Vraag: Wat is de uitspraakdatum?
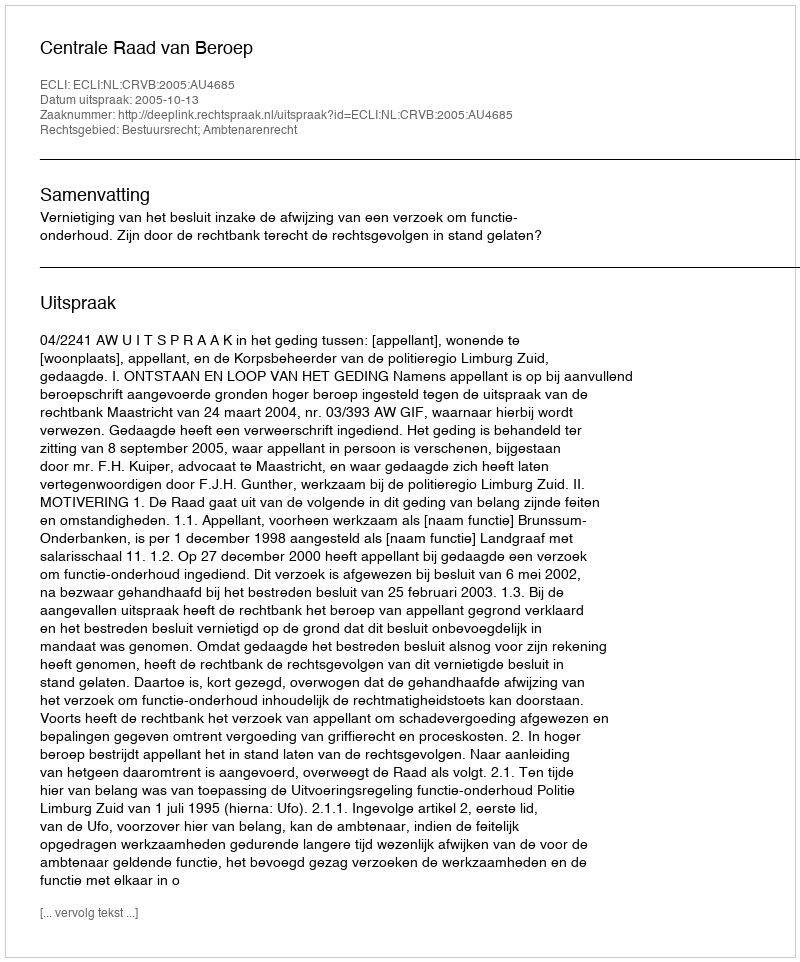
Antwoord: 2005-10-13